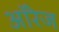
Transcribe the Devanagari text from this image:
ऑरेज